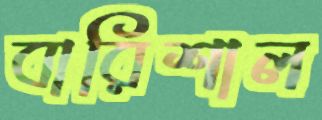
বারিশাল